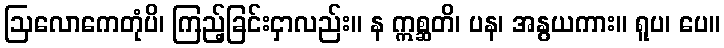
ဩလောကေတုံပိ၊ ကြည့်ခြင်းငှာလည်း။ န ဣစ္ဆတိ၊ ပန၊ အနွယကား။ ရူပ၊ ပေ။